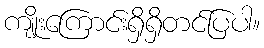
ကျိုးကြောင်းရှိရှိတင်ပြပါ။